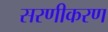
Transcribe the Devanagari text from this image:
सरणीकरण